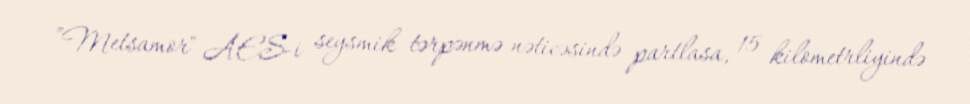
”Metsamor" AES-i seysmik tərpənmə nəticəsində partlasa, 15 kilometrliyində